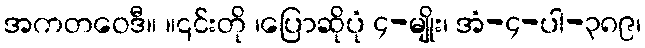
အကတဝေဒီ။ ။၎င်းတို ၊ပြောဆိုပုံ ၄-မျိုး၊ အံ-၄-ပါ-၃၈၉၊